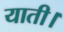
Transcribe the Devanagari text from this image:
याती।